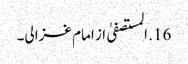
16. المستصفیٰ از امام غزالی۔